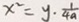
x ^ { 2 } = y \cdot \frac { 1 } { 4 a }